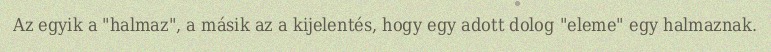
Az egyik a "halmaz", a másik az a kijelentés, hogy egy adott dolog "eleme" egy halmaznak.